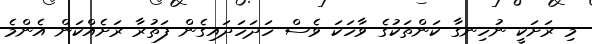
މި ރަށަކީ ނުހިނގާ ކަންތަކުގެ ވާހަކަ ވެސް ހަދަހަދައިގެން ފަތުރާ ރަށެއްކަން އެންމެ